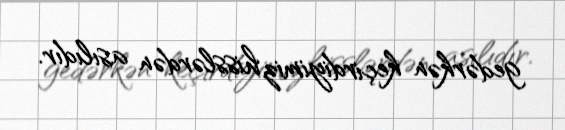
gedərkən keçirdiyimiz hisslərdən asılıdır.